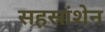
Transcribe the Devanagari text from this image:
सहस्रांशेन